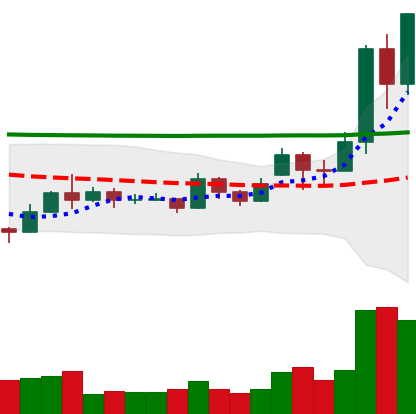
Ticker: EOS-USD
Chart end date: 2020-11-23
Forward return: -11.333%
Label: down_7plus